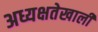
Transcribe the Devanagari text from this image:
अध्यक्षतेखालीं